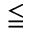
\leqq